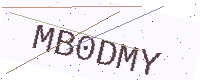
Text: MB0DMY